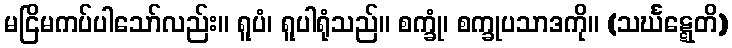
မငြိမကပ်ပါသော်လည်း။ ရူပံ၊ ရူပါရုံသည်။ စက္ခုံ၊ စက္ခုပသာဒကို။ (သင်္ဃဋ္ဋေတိ)